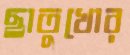
ছাতুখোর